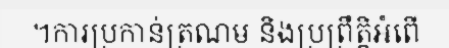
។ការប្រកាន់ត្រណម និងប្រព្រឹត្តិអំពើ